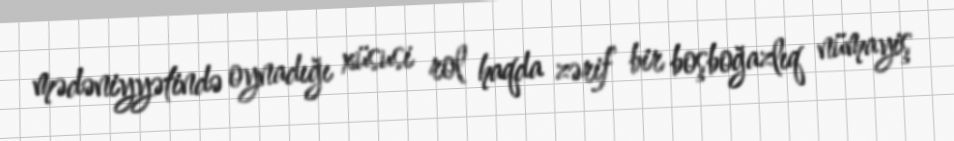
mədəniyyətində oynadığı xüsusi rol haqda zərif bir boşboğazlıq nümayiş